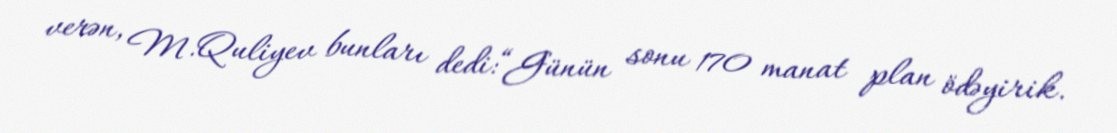
verən, M.Quliyev bunları dedi:“Günün sonu 170 manat plan ödəyirik.